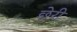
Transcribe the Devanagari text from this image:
छेरी